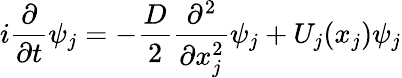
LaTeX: i\frac{\partial}{\partial t}\psi_{j}=-\frac{D}{2}\frac{\partial^{2}}{\partial x_{j}^{2}}\psi_{j}+U_{j}(x_{j})\psi_{j}